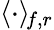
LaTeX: \langle\cdot\rangle_{\! f,r}